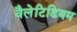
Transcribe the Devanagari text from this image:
वैलेटिडियम